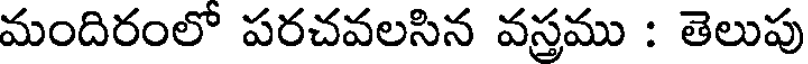
మందిరంలో పరచవలసిన వస్తము : తెలుపు